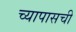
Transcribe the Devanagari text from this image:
च्यापासची